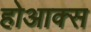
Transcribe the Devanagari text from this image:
होआक्स